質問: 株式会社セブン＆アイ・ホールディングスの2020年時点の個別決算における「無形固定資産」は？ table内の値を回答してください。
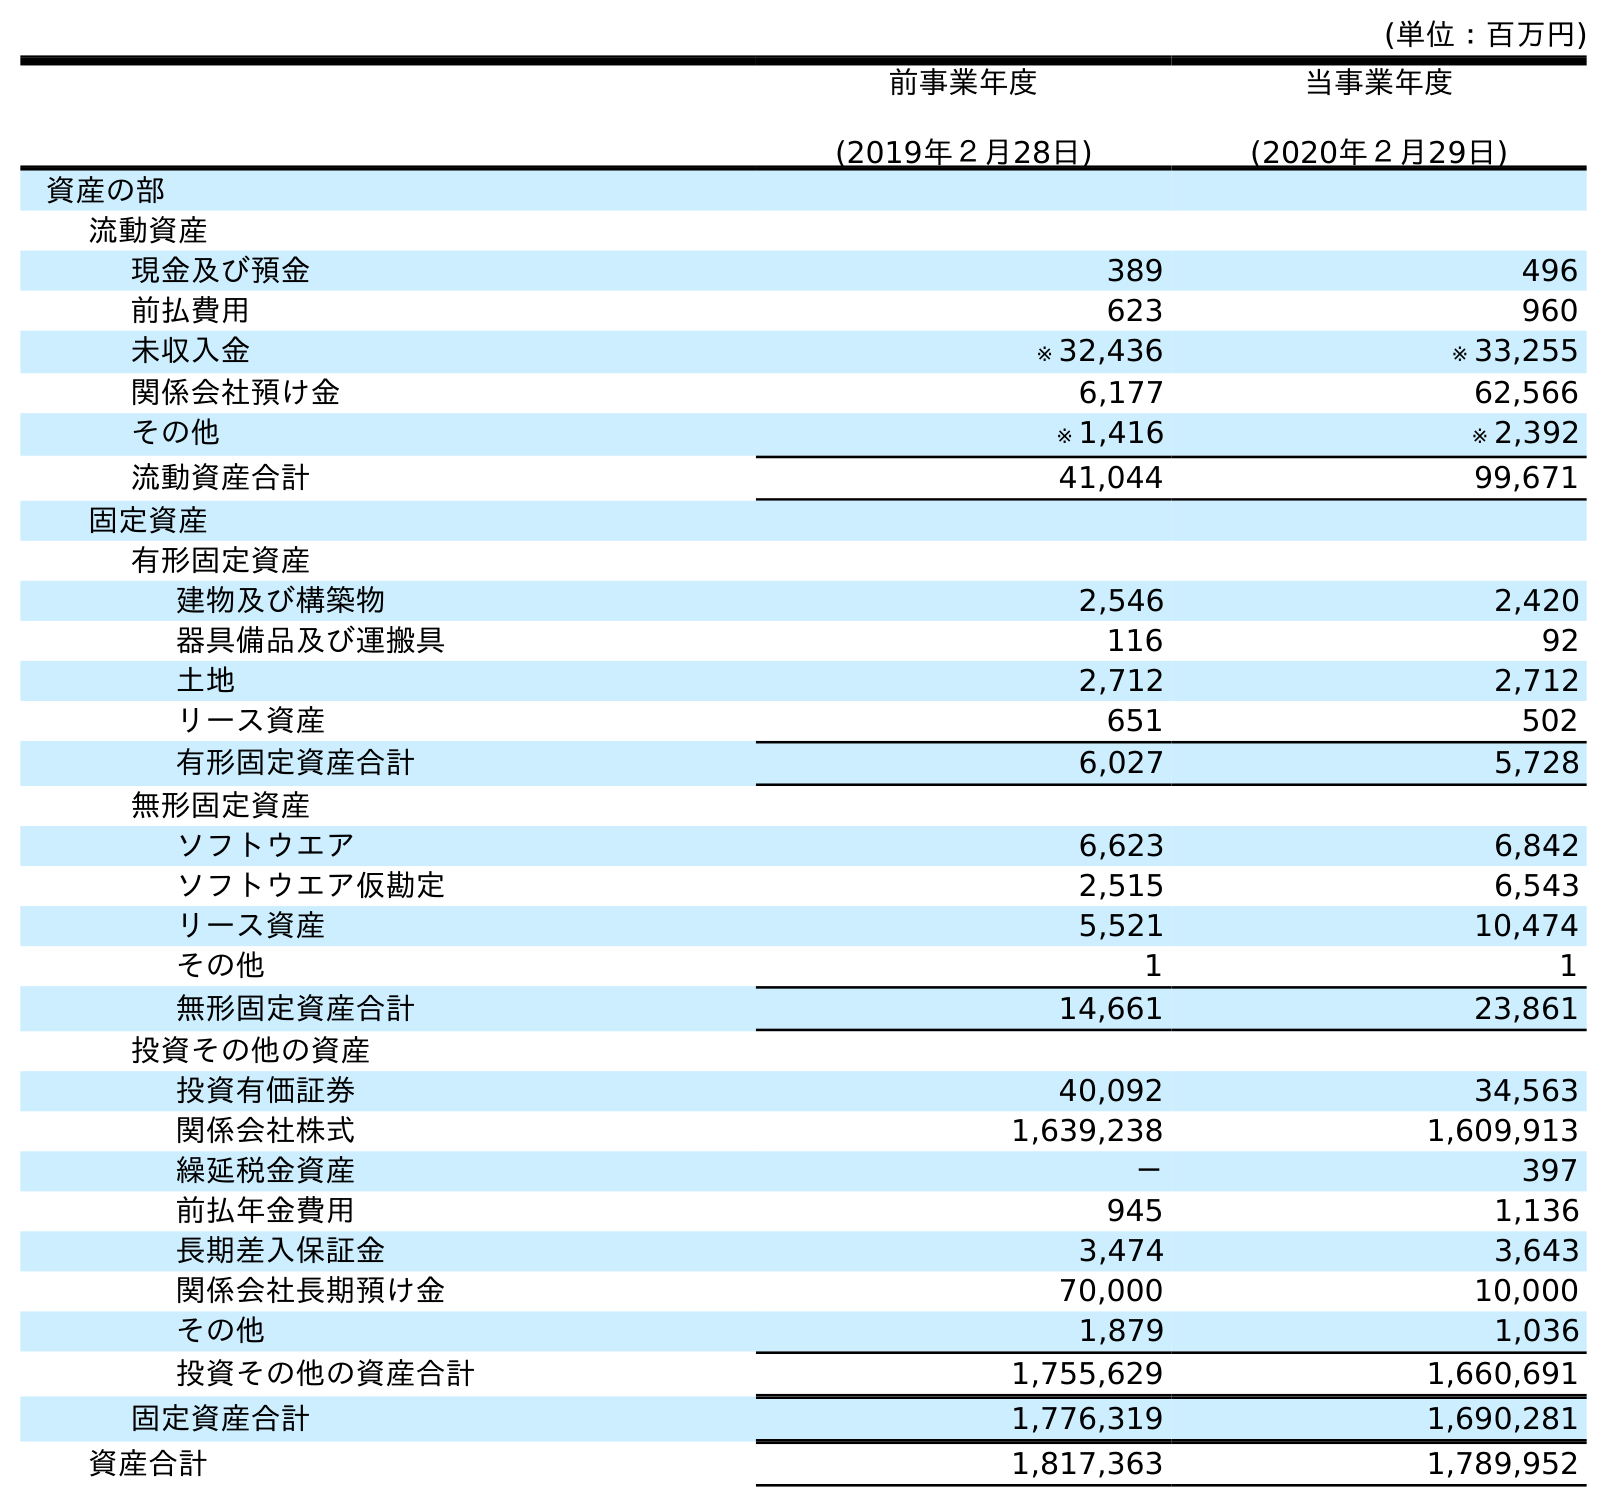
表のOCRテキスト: (単位：百万円) 前事業年度 (2019年２月28日) 当事業年度 (2020年２月29日) 資産の部 流動資産 現金及び預金 389 496 前払費用 623 960 未収入金 ※ 32,436 ※ 33,255 関係会社預け金 6,177 62,566 その他 ※ 1,416 ※ 2,392 流動資産合計 41,044 99,671 固定資産 有形固定資産 建物及び構築物 2,546 2,420 器具備品及び運搬具 116 92 土地 2,712 2,712 リース資産 651 502 有形固定資産合計 6,027 5,728 無形固定資産 ソフトウエア 6,623 6,842 ソフトウエア仮勘定 2,515 6,543 リース資産 5,521 10,474 その他 1 1 無形固定資産合計 14,661 23,861 投資その他の資産 投資有価証券 40,092 34,563 関係会社株式 1,639,238 1,609,913 繰延税金資産 － 397 前払年金費用 945 1,136 長期差入保証金 3,474 3,643 関係会社長期預け金 70,000 10,000 その他 1,879 1,036 投資その他の資産合計 1,755,629 1,660,691 固定資産合計 1,776,319 1,690,281 資産合計 1,817,363 1,789,952
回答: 23,861